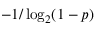
- 1 / \log _ { 2 } ( 1 - p )